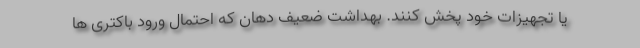
یا تجهیزات خود پخش کنند. بهداشت ضعیف دهان که احتمال ورود باکتری ها